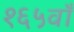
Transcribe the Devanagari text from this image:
१६५वाँ